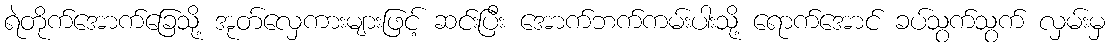
ရဲတိုက်အောက်ခြေသို့ အုတ်လှေကားများဖြင့် ဆင်းပြီး အောက်ဘက်ကမ်းပါးသို့ ရောက်အောင် ခပ်သွက်သွက် လှမ်းမှ